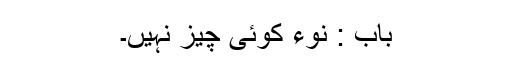
باب : نوء کوئی چیز نہیں۔